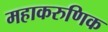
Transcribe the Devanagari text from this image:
महाकरुणिक